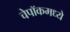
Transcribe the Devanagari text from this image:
चेपॉकमध्ये